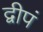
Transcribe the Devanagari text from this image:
द्वीपं